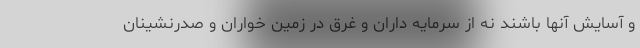
و آسایش آنها باشند نه از سرمایه داران و غرق در زمین خواران و صدرنشینان